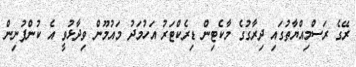
ރޭގެ ރަސްމިއްޔާތުގައި ދިރާގުގެ މާކެޓިން ޑިރެކްޓަރު އަހުމަދު މައުމޫން ވިދާޅުވީ އެ ކުންފުނިން